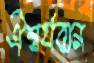
ঐশ্বর্যবান